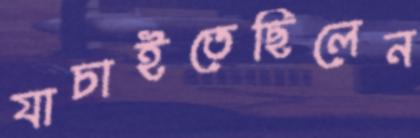
যাচাইতেছিলেন